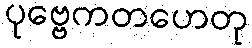
ပုဗ္ဗေကတဟေတု